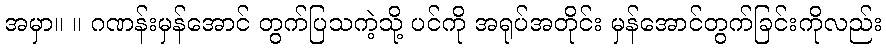
အမှာ။ ။ ဂဏန်းမှန်အောင် တွက်ပြသကဲ့သို့ ပင်ကို အရုပ်အတိုင်း မှန်အောင်တွက်ခြင်းကိုလည်း